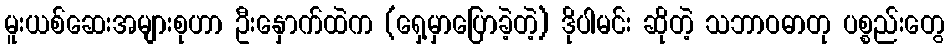
မူးယစ်ဆေးအများစုဟာ ဦးနှောက်ထဲက (ရှေ့မှာပြောခဲ့တဲ့) ဒိုပါမင်း ဆိုတဲ့ သဘာဝဓာတု ပစ္စည်းတွေ